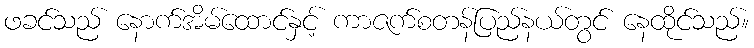
ဖခင်သည် နောက်အိမ်ထောင်နှင့် ကာဇက်စတန်ပြည်နယ်တွင် နေထိုင်သည်။